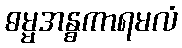
ဓမ္မအန္ဓကာရမလံ